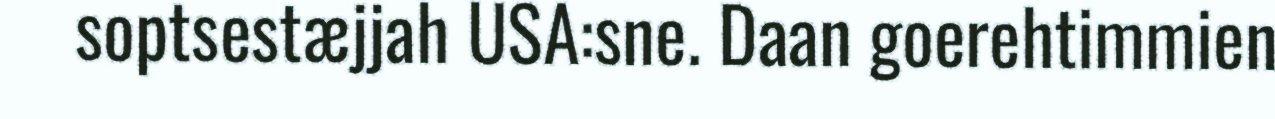
soptsestæjjah USA:sne. Daan goerehtimmien